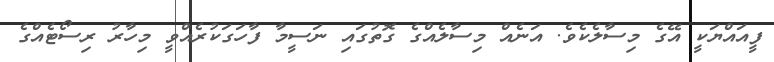
ފީއައްޔަކީ އޭގެ މިސާލެކެވެ. އަނެއް މިސާލެއްގެ ގޮތުގައި ނަސީމާ ފާހަގަކުރެއްވީ މިހާރު ރިސޯޓެއްގެ